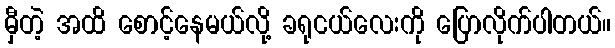
မှီတဲ့ အထိ စောင့်နေမယ်လို့ ခရုငယ်လေးကို ပြောလိုက်ပါတယ်။